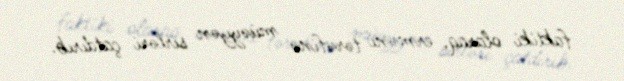
faktiki olaraq, erməni tərəfinə müəyyən sirləri çatdırıb.